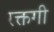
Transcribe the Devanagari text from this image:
रक्तगी